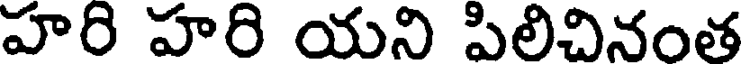
హరి హరి యని పిలిచినంత